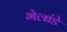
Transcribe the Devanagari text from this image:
भेलांडे